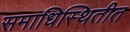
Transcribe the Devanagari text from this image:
समाधिस्थितीत